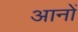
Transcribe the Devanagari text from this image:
आनों